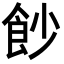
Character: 𩚙